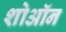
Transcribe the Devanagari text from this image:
शोऑन